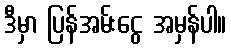
ဒီမှာ ပြန်အမ်းငွေ အမှန်ပါ။